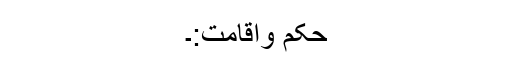
حُکم واقامت:۔